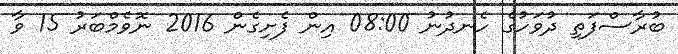
ބުރާސްފަތި ދުވަހުގެ ހެނދުނު 08:00 އިން ފެށިގެން 2016 ނޮވެމްބަރު 15 ވާ